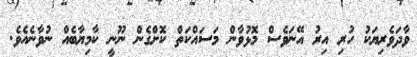
ވާދަވެރިޔަކު ހުރި އިރު އޭނަވެސް މޮޅުވާން މަސައްކަތް ކޮށްގެން ނޫނީ ކާމިޔާބެއް ނުވާނެއެވެ.